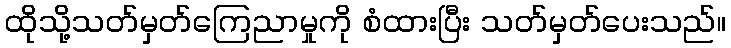
ထိုသို့သတ်မှတ်ကြေညာမှုကို စံထားပြီး သတ်မှတ်ပေးသည်။